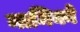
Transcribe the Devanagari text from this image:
नामिको